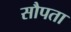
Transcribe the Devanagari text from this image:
सौपता